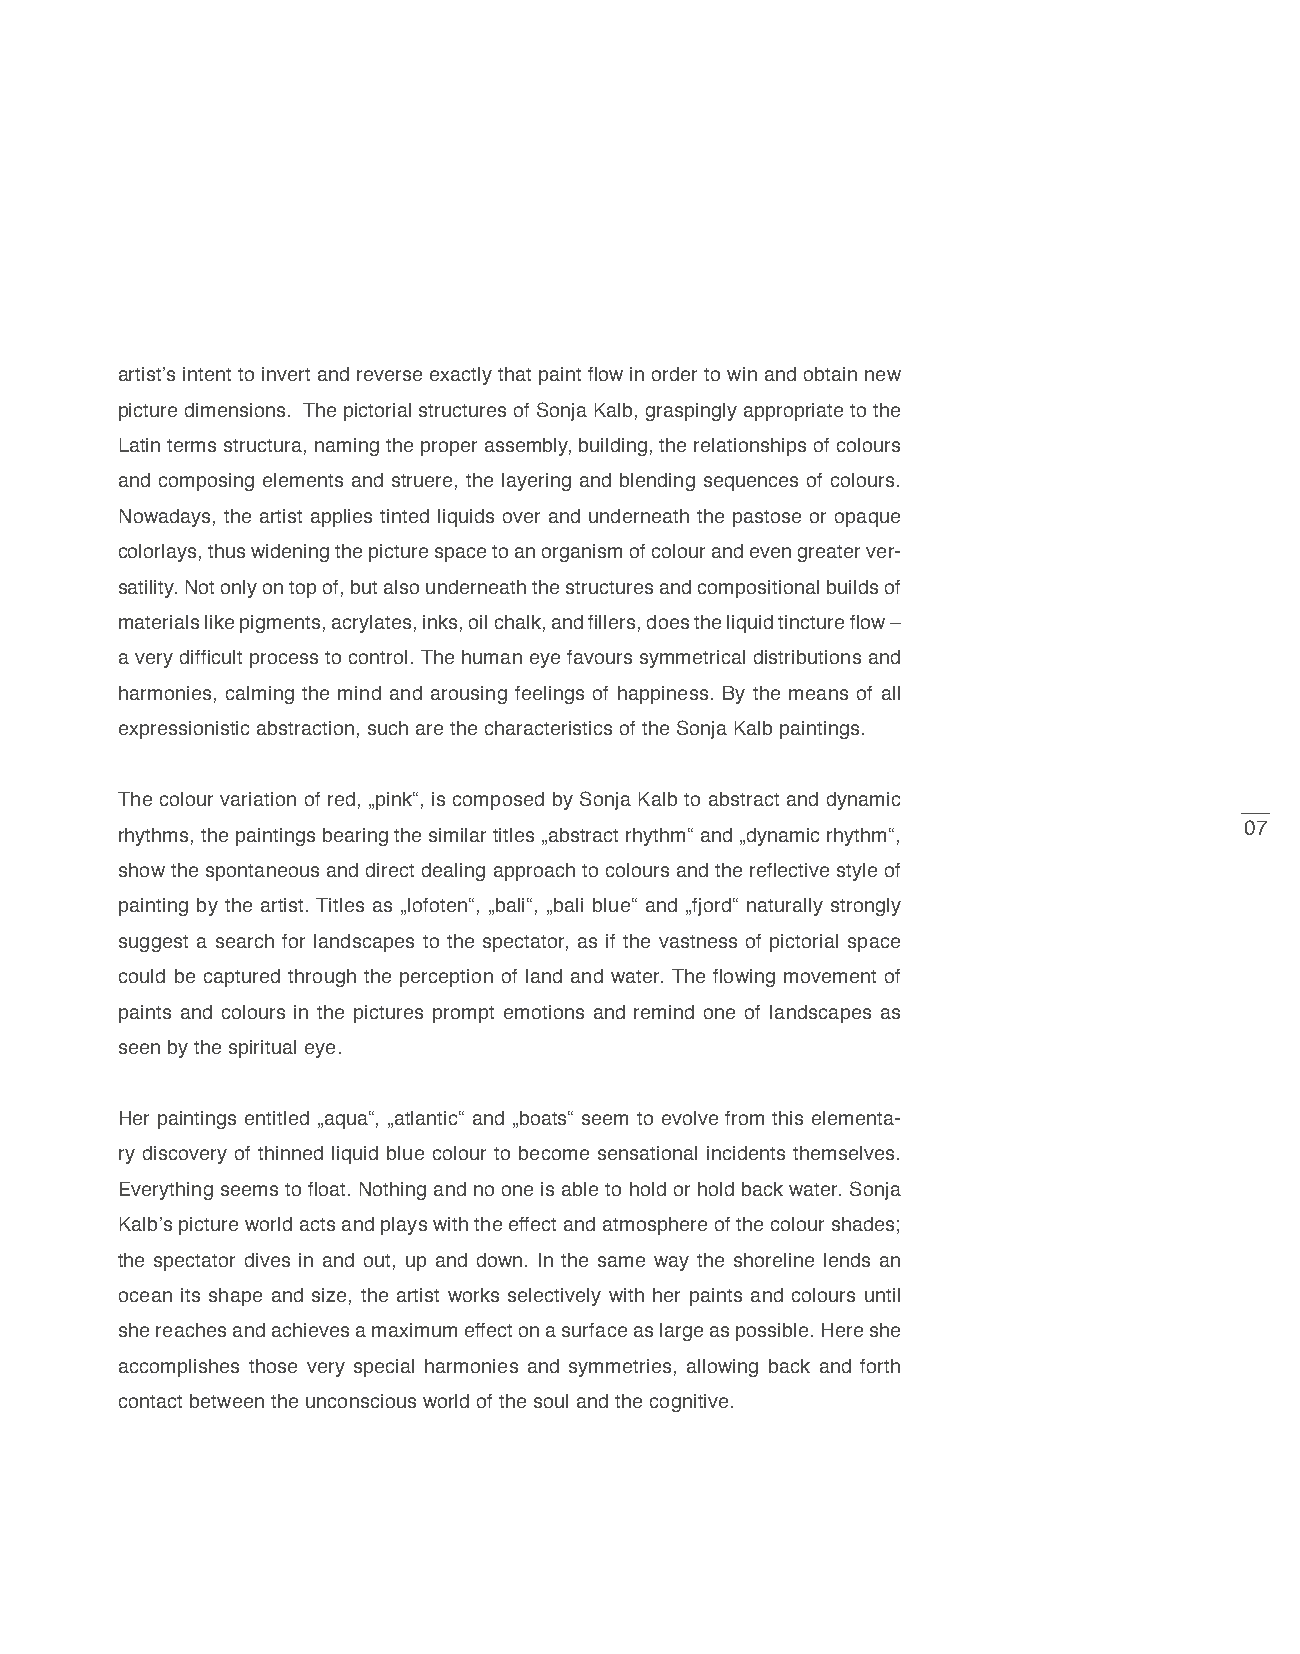
artist’s intent to invert and reverse exactly that paint flow in order to win and obtain new
 picture dimensions. The pictorial structures of Sonja Kalb, graspingly appropriate to the
 Latin terms structura, naming the proper assembly, building, the relationships of colours
 and composing elements and struere, the layering and blending sequences of colours.
 Nowadays, the artist applies tinted liquids over and underneath the pastose or opaque
 colorlays, thus widening the picture space to an organism of colour and even greater ver-
 satility. Not only on top of, but also underneath the structures and compositional builds of
 materials like pigments, acrylates, inks, oil chalk, and fillers, does the liquid tincture flow –
 a very difficult process to control. The human eye favours symmetrical distributions and
 harmonies, calming the mind and arousing feelings of happiness. By the means of all
 expressionistic abstraction, such are the characteristics of the Sonja Kalb paintings.
 The colour variation of red, „pink“, is composed by Sonja Kalb to abstract and dynamic
 07
 rhythms, the paintings bearing the similar titles „abstract rhythm“ and „dynamic rhythm“,
 show the spontaneous and direct dealing approach to colours and the reflective style of
 painting by the artist. Titles as „lofoten“, „bali“, „bali blue“ and „fjord“ naturally strongly
 suggest a search for landscapes to the spectator, as if the vastness of pictorial space
 could be captured through the perception of land and water. The flowing movement of
 paints and colours in the pictures prompt emotions and remind one of landscapes as
 seen by the spiritual eye.
 Her paintings entitled „aqua“, „atlantic“ and „boats“ seem to evolve from this elementa-
 ry discovery of thinned liquid blue colour to become sensational incidents themselves.
 Everything seems to float. Nothing and no one is able to hold or hold back water. Sonja
 Kalb’s picture world acts and plays with the effect and atmosphere of the colour shades;
 the spectator dives in and out, up and down. In the same way the shoreline lends an
 ocean its shape and size, the artist works selectively with her paints and colours until
 she reaches and achieves a maximum effect on a surface as large as possible. Here she
 accomplishes those very special harmonies and symmetries, allowing back and forth
 contact between the unconscious world of the soul and the cognitive.